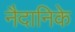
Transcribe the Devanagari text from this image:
नैदानिके